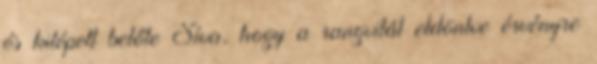
és kilépett belőle Síva, hogy a rangvitát eldöntve érvényre